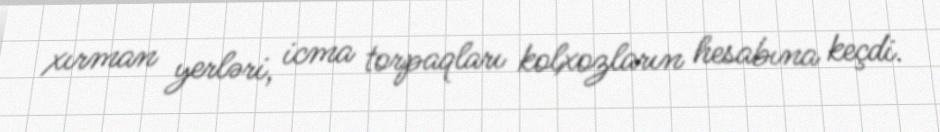
xırman yerləri, icma torpaqları kolxozların hesabına keçdi.